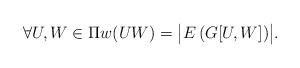
LaTeX: \begin{align*}\forall U,W \in \Pi w(UW) = \big | E\left (G[U,W]\right )\!\big |.\end{align*}